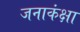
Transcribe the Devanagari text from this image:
जनाकंक्षा